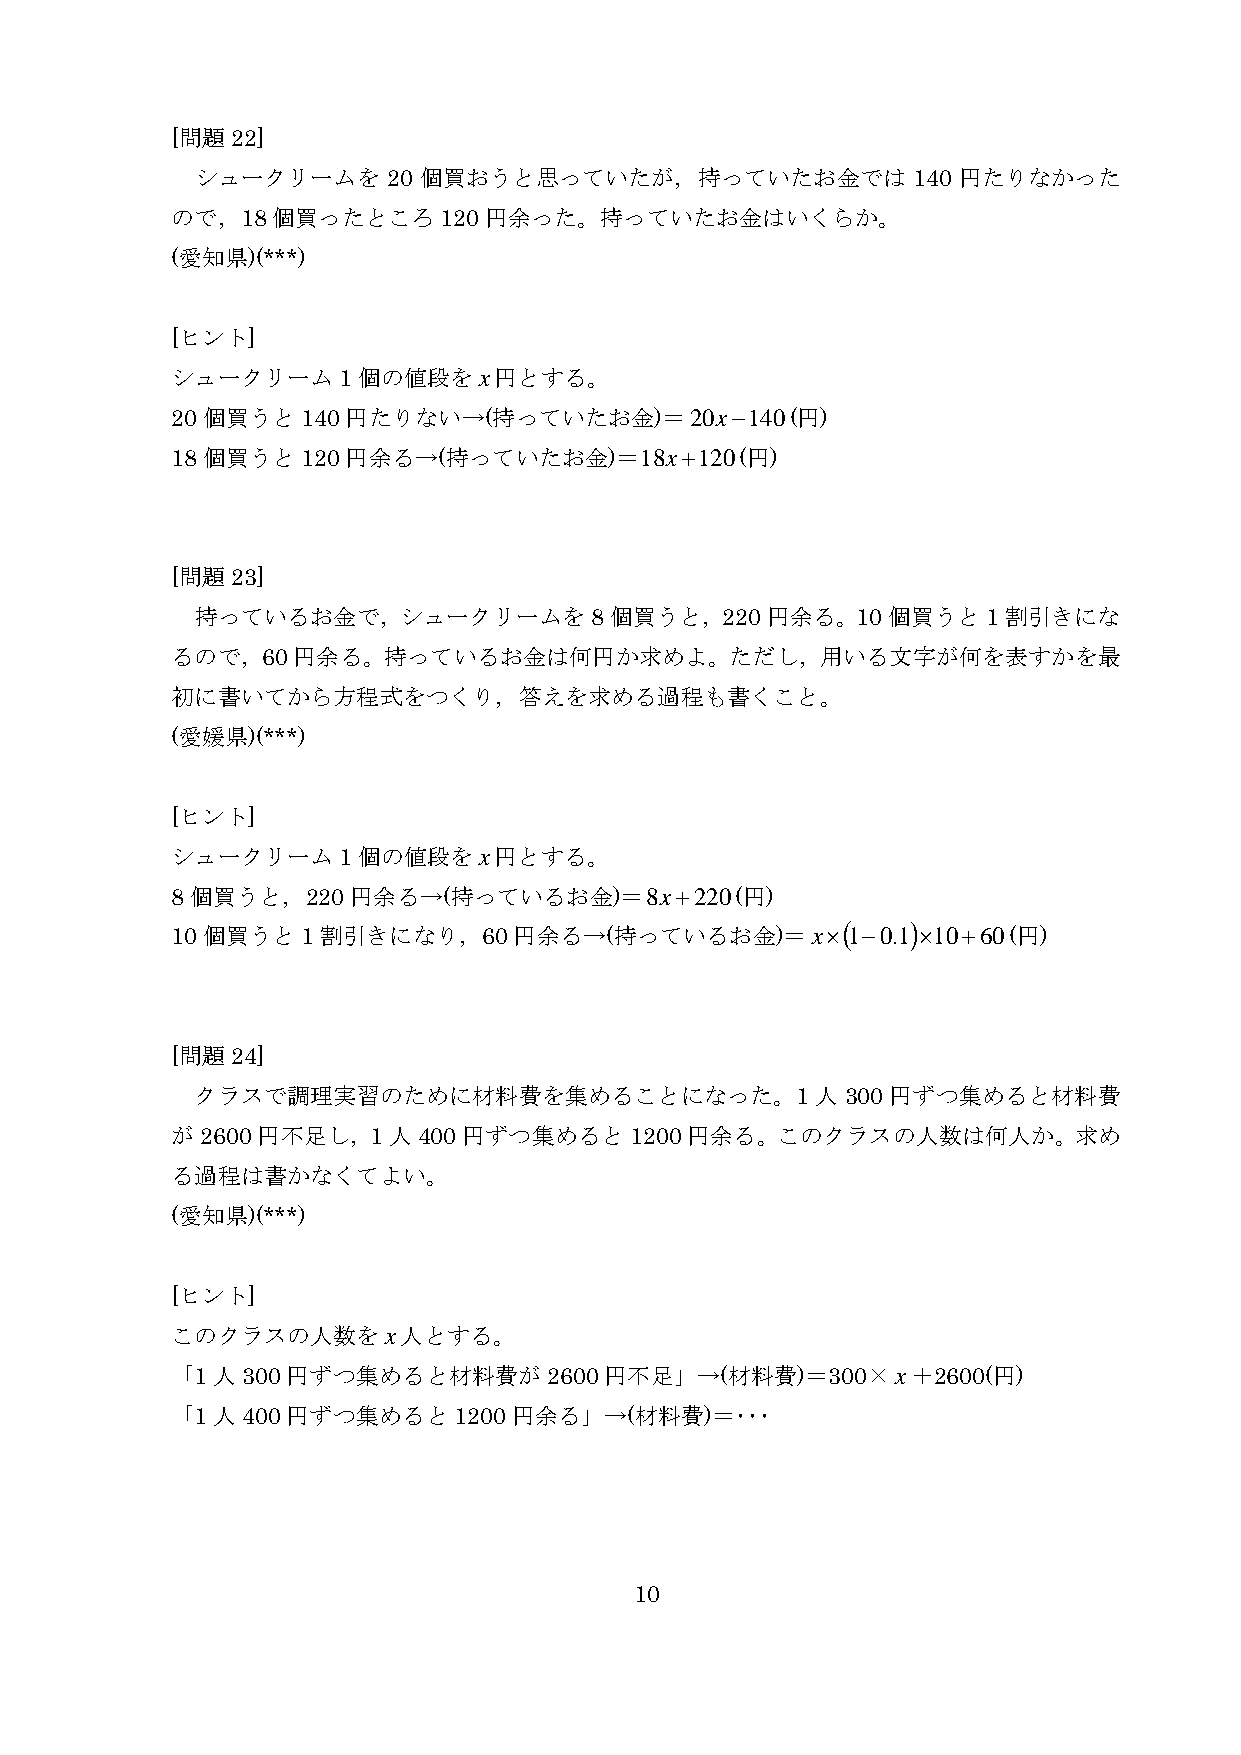
[問題22]
 シュークリームを     20 個買おうと思っていたが，持っていたお金では          140 円たりなかった
 ので，18個買ったところ120円余った。持っていたお金はいくらか。
 (愛知県)(***)
 [ヒント]
 シュークリーム1個の値段をx円とする。
 20個買うと140円たりない→(持っていたお金)＝20x−140(円)
 18個買うと120円余る→(持っていたお金)＝18x+120(円)
 [問題23]
 持っているお金で，シュークリームを8個買うと，220円余る。10個買うと1割引きにな
 るので，60円余る。持っているお金は何円か求めよ。ただし，用いる文字が何を表すかを最
 初に書いてから方程式をつくり，答えを求める過程も書くこと。
 (愛媛県)(***)
 [ヒント]
 シュークリーム1個の値段をx円とする。
 8個買うと，220円余る→(持っているお金)＝8x+220(円)
 10個買うと1割引きになり，60円余る→(持っているお金)＝x×(            1−0.1) ×10+60(円)
 [問題24]
 クラスで調理実習のために材料費を集めることになった。1人               300円ずつ集めると材料費
 が2600円不足し，1人400円ずつ集めると1200円余る。このクラスの人数は何人か。求め
 る過程は書かなくてよい。
 (愛知県)(***)
 [ヒント]
 このクラスの人数をx人とする。
 「1人300円ずつ集めると材料費が2600円不足」→(材料費)＝300×x＋2600(円)
 「1人400円ずつ集めると1200円余る」→(材料費)＝･･･
 10